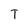
Character: T